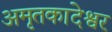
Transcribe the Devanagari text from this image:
अमृतकादेश्वर